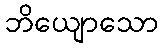
ဘိယျောသော